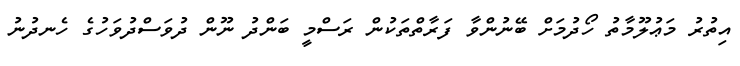
އިތުރު މަޢުލޫމާތު ހޯދުމަށް ބޭނުންވާ ފަރާތްތަކުން ރަސްމީ ބަންދު ނޫން ދުވަސްދުވަހުގެ ހެނދުނު